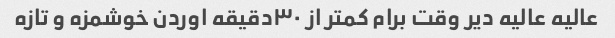
عالیه عالیه دیر وقت برام کمتر از ۳۰دقیقه اوردن خوشمزه و تازه